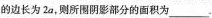
的边长为2a，则所围阴影部分的面积为___。